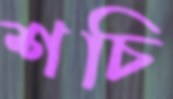
শচি